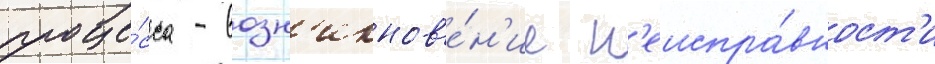
проце́сса - возн'икнов'е́н'ие н'еиспра́вност'и